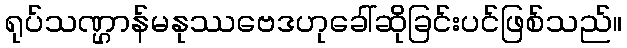
ရုပ်သဏ္ဌာန်မနုဿဗေဒဟုခေါ်ဆိုခြင်းပင်ဖြစ်သည်။